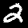
Label: 2